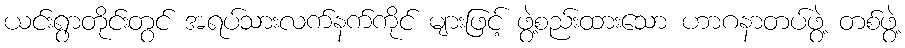
ယင်းရွာတိုင်းတွင် အရပ်သားလက်နက်ကိုင် များဖြင့် ဖွဲ့စည်းထားသော ဟာဂနာတပ်ဖွဲ့ တစ်ဖွဲ့